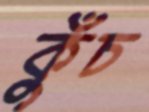
কুঁচ